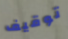
توقيف